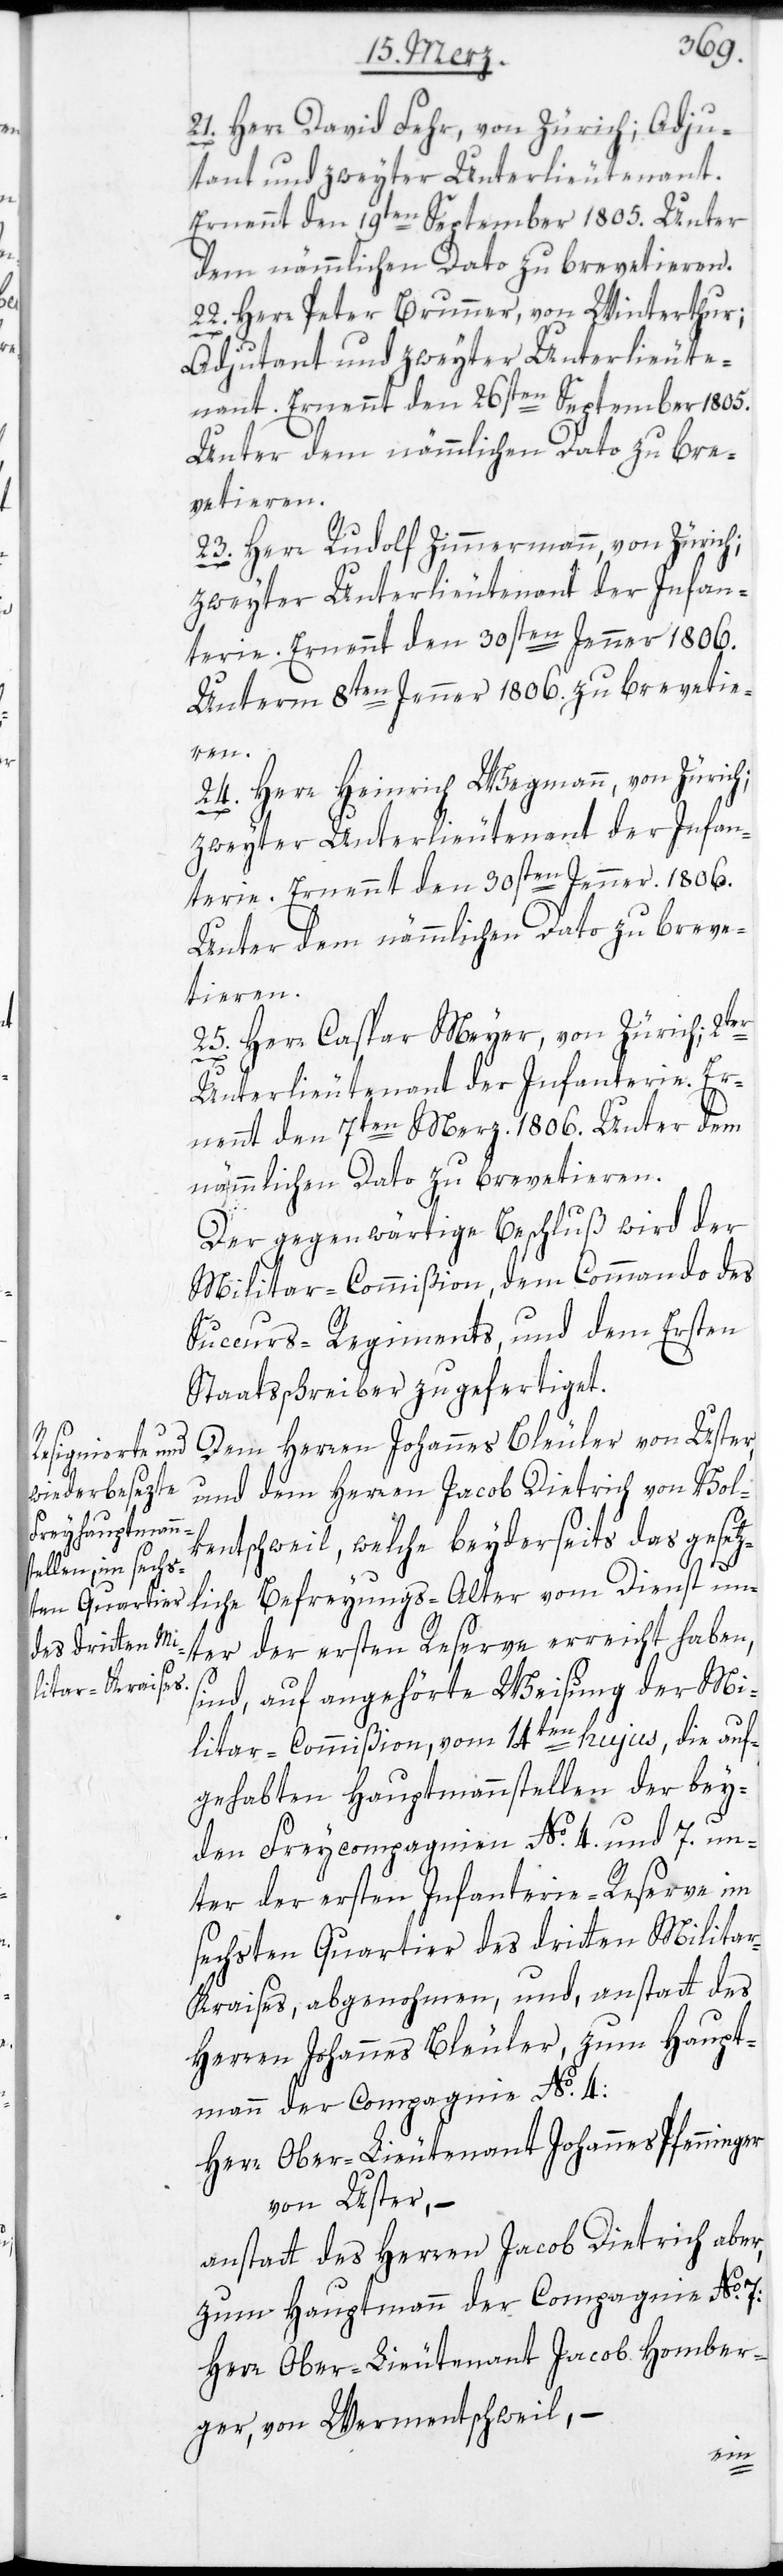
21. Herr David Fehr, von Zürich; Adju¬
dant und zweyter Unterlieutenant.
Ernennt den 19ten September 1805. Unter
dem nämmlichen Dato zu brevetieren.
22. Herr Peter Brunner, von Winterthur;
Adjudant und zweyter Unterlieute¬
nant. Ernennt den 26sten September 1805.
Unter dem nämmlichen Dato zu bre¬
vetieren.
23. Herr Rudolf Zimmermann, von Zürich;
zweyter Unterlieutenant der Infan¬
terie. Ernennt den 30sten Jenner 1806.
Unterm 8ten Jenner 1806 zu brevetie¬
ren.
24. Herr Heinrich Wegmann, von Zürich;
zweyter Unterlieutenant der Infan¬
terie. Ernennt den 30sten Jenner 1806.
Unter dem nämmlichen Dato zu breve¬
tieren.
25. Herr Caspar Meyer, von Zürich; 2ter
Unterlieutenant der Infanterie. Er¬
nennt den 7ten Merz. 1806. Unter dem
nämmlichen Dato zu brevetieren.
Der gegenwärtige Beschluß wird der
Militar-Commißion, dem Commando des
Succurs-Regiments und dem Ersten
Staatsschreiber zugefertiget.
Dem Herren Johannes Bleuler von Uster,
und dem Herren Jacob Dietrich von Volk¬
entschweil, welche beyderseits das gesetz¬
liche Befreyungs-Alter vom Dienst un¬
der ersten Reserve erreicht haben,
ter
s¬
ind, auf angehörte Weisung der Mi¬
litar-Commißion, vom 14ten hujus, die auf¬
gehabten Hauptmannstellen der bey¬
den Freycompagnien No. 4. und 7. un¬
ter der ersten Infanterie-Reserve im
sechsten Quartier des dritten Militai¬
r-Kraises, abgenommen, und, anstatt des
Herren Johannes Bleuler, zum Haupt¬
mann der Compagnie No. 4:
Herr Ober-Lieutenant Johannes Pfenninger
von Uster, –
anstatt des Herren Jacob Dietrich aber,
zum Hauptmann der Compagnie No. 7:
Herr Ober-Lieutenant Jacob Homber¬
ger, von Wermentschweil, –